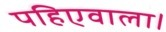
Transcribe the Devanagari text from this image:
पहिएवाला।